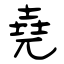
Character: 堯